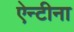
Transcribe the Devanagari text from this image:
ऐन्टीना